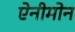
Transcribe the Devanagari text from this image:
ऐनीमोन